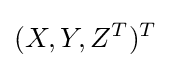
(X,Y,Z^{T})^{T}